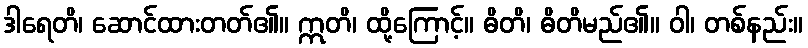
ဒါရေတိ၊ ဆောင်ထားတတ်၏။ ဣတိ၊ ထို့ကြောင့်။ ဓိတိ၊ ဓိတိမည်၏။ ဝါ၊ တစ်နည်း။